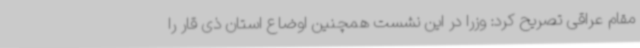
مقام عراقی تصریح کرد: وزرا در این نشست همچنین اوضاع استان ذی قار را